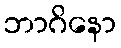
ဘာဂိနော